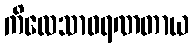
ကိလေသာဝရဏတာယ